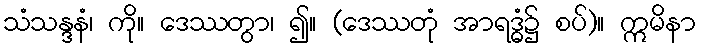
သံသန္ဒနံ၊ ကို။ ဒေဿတွာ၊ ၍။ (ဒေဿတုံ အာရဒ္ဓံ၌ စပ်)။ ဣမိနာ